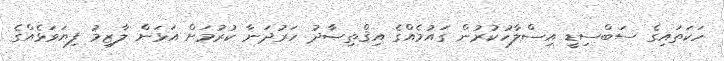
ހަކަތައިގެ ސަބްސިޑީ އިސްލާހުކުރުން ގައުމެއްގެ އިޤްތިޞާދު ހަރުދަނާ ކުރުމަށް އަޅަން ލާޒިމު ފިޔަވަޅެއްގެ